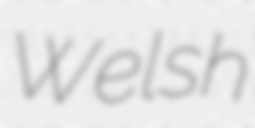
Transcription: Welsh